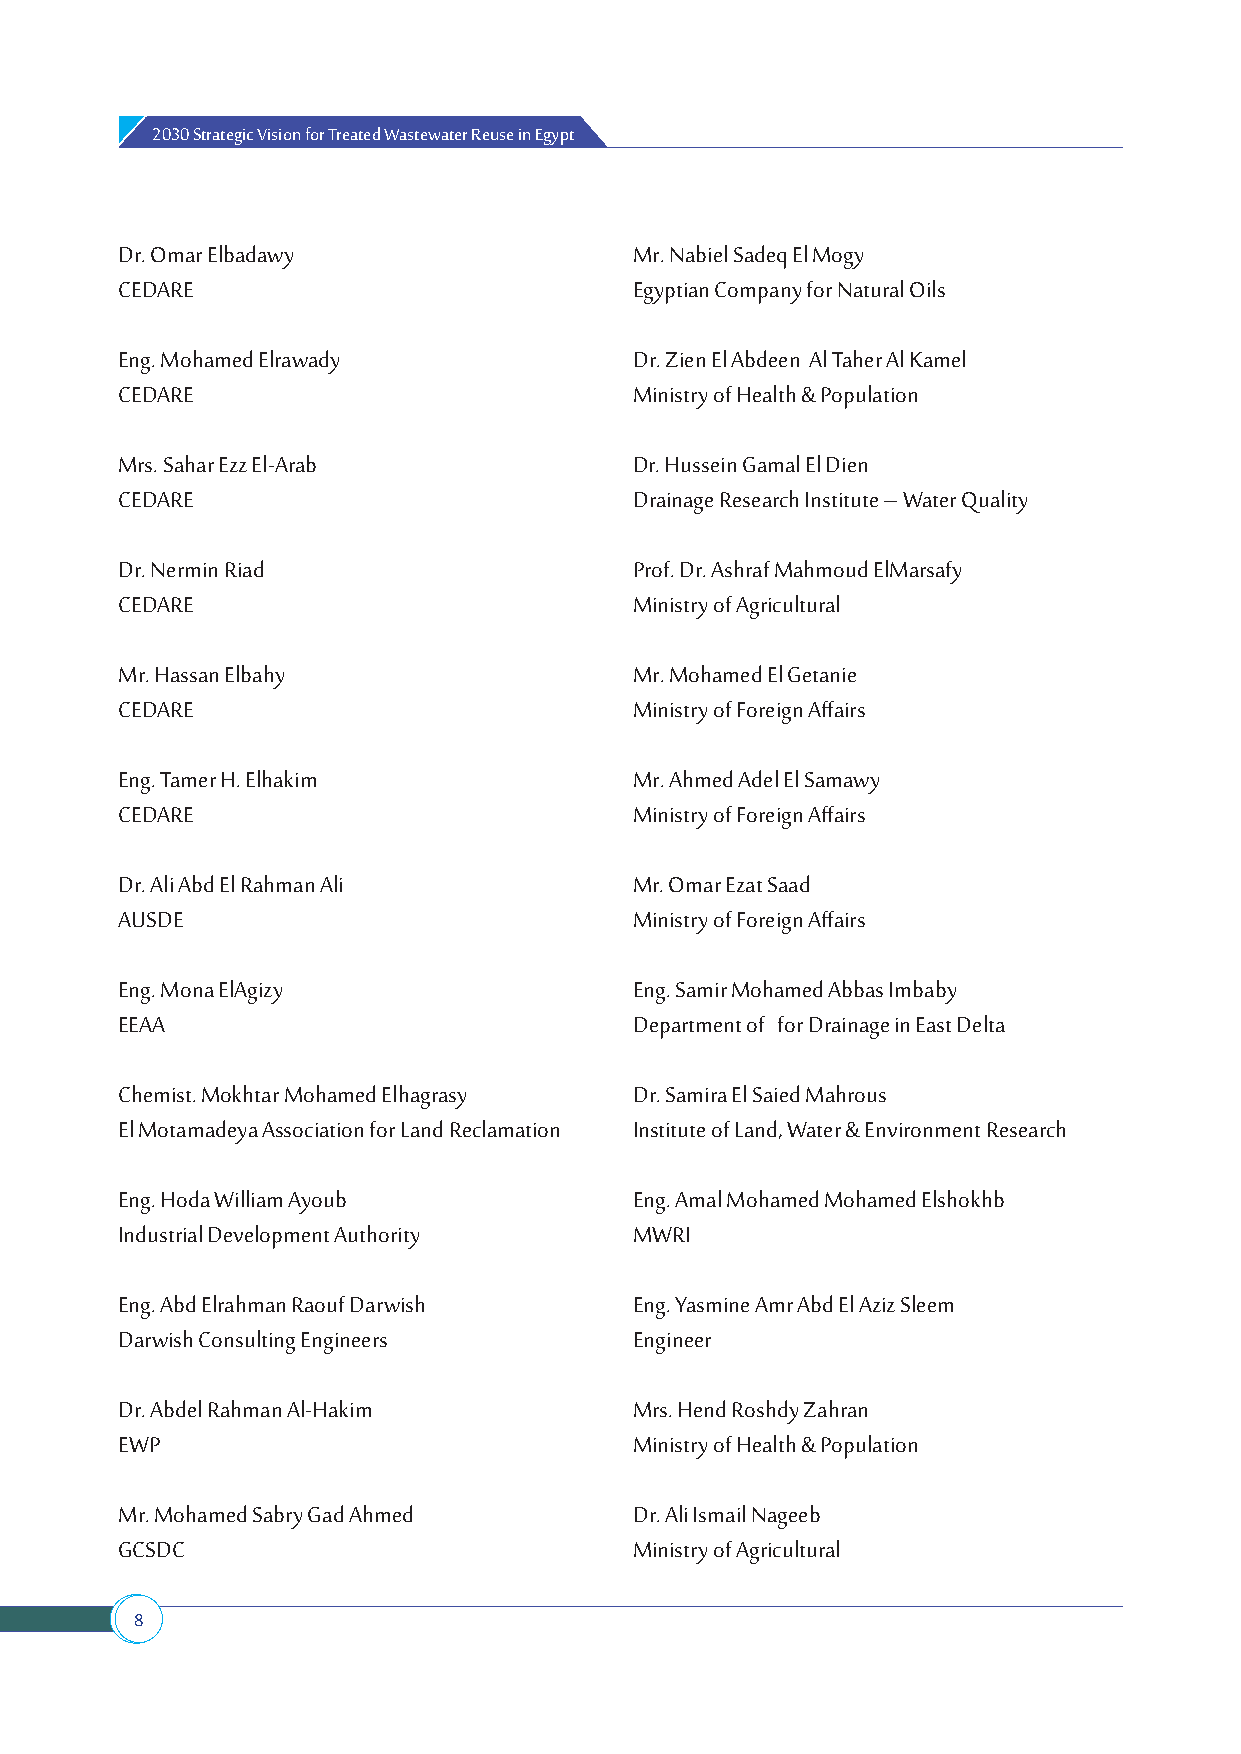
2030 Strategic Vision for Treated Wastewater Reuse in Egypt
 Dr. Omar Elbadawy                 Mr. Nabiel Sadeq El Mogy
 CEDARE                            Egyptian Company for Natural Oils
 Eng. Mohamed Elrawady             Dr. Zien El Abdeen Al Taher Al Kamel
 CEDARE                            Ministry of Health & Population
 Mrs. Sahar Ezz El-Arab            Dr. Hussein Gamal El Dien
 CEDARE                            Drainage Research Institute – Water Quality
 Dr. Nermin Riad                   Prof. Dr. Ashraf Mahmoud ElMarsafy
 CEDARE                            Ministry of Agricultural
 Mr. Hassan Elbahy                 Mr. Mohamed El Getanie
 CEDARE                            Ministry of Foreign Affairs
 Eng. Tamer H. Elhakim             Mr. Ahmed Adel El Samawy
 CEDARE                            Ministry of Foreign Affairs
 Dr. Ali Abd El Rahman Ali         Mr. Omar Ezat Saad
 AUSDE                             Ministry of Foreign Affairs
 Eng. Mona ElAgizy                 Eng. Samir Mohamed Abbas Imbaby
 EEAA                              Department of for Drainage in East Delta
 Chemist. Mokhtar Mohamed Elhagrasy Dr. Samira El Saied Mahrous
 El Motamadeya Association for Land Reclamation Institute of Land, Water & Environment Research
 Eng. Hoda William Ayoub           Eng. Amal Mohamed Mohamed Elshokhb
 Industrial Development Authority  MWRI
 Eng. Abd Elrahman Raouf Darwish   Eng. Yasmine Amr Abd El Aziz Sleem
 Darwish Consulting Engineers      Engineer
 Dr. Abdel Rahman Al-Hakim         Mrs. Hend Roshdy Zahran
 EWP                               Ministry of Health & Population
 Mr. Mohamed Sabry Gad Ahmed       Dr. Ali Ismail Nageeb
 GCSDC                             Ministry of Agricultural
 8